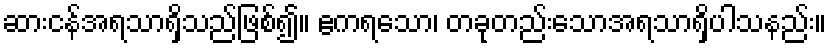
ဆားငန်အရသာရှိသည်ဖြစ်၍။ ဧကရသော၊ တခုတည်းသောအရသာရှိပါသနည်း။